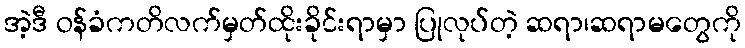
အဲ့ဒီ ဝန်ခံကတိလက်မှတ်ထိုးခိုင်းရာမှာ ပြုလုပ်တဲ့ ဆရာ၊ဆရာမတွေကို